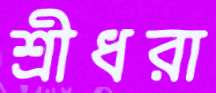
শ্রীধরা